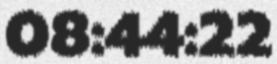
08:44:22